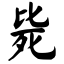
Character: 毙